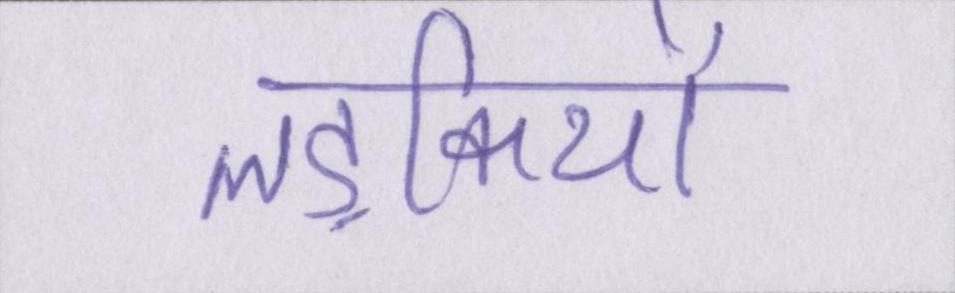
लड़कियों